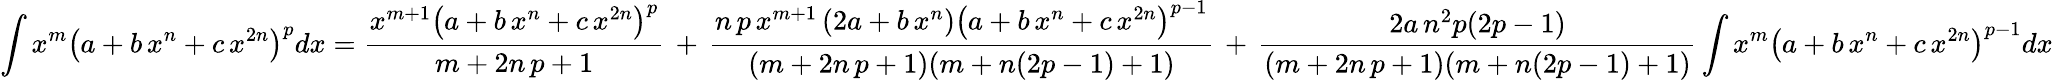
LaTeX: \int x^{m}\left(a+b\, x^{n}+c\, x^{2n}\right)^{p}dx={\frac{x^{m+1}\left(a+b\, x^{n}+c\, x^{2n}\right)^{p}}{m+2n\, p+1}}\, +\, {\frac{n\, p\, x^{m+1}\left(2a+b\, x^{n}\right)\left(a+b\, x^{n}+c\, x^{2n}\right)^{p-1}}{(m+2n\, p+1)(m+n(2p-1)+1)}}\, +\, {\frac{2a\, n^{2}p(2p-1)}{(m+2n\, p+1)(m+n(2p-1)+1)}}\int x^{m}\left(a+b\, x^{n}+c\, x^{2n}\right)^{p-1}dx